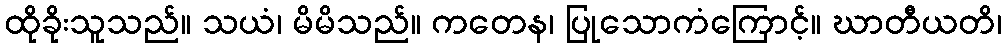
ထိုခိုးသူသည်။ သယံ၊ မိမိသည်။ ကတေန၊ ပြုသောကံကြောင့်။ ဃာတီယတိ၊